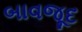
બાવજૂદ